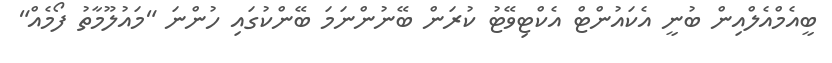
ބީއެމްއެލްއިން ބުނީ އެކައުންޓް އެކްޓިވޭޓު ކުރަން ބޭނުންނަމަ ބޭންކުގައި ހުންނަ "މައުލޫމާތު ފޯމެއް"